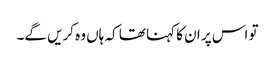
تو اس پر ان کا کہنا تھا کہ ہاں وہ کریں گے۔